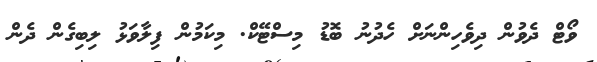
ވޯޓް ދެވުން ދިވެހިންނަށް ހެދުނު ބޮޑު މިސްޓޭކް. މިކަމުން ފިލާވަޅު ލިބިގެން ދެން